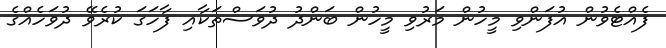
ފެއްޓެވުން އުފަންވި މީހުން މަރުވި މީހުން ބަންދު ދުވަސްތަކާއި ފާހަގަ ކުރެވޭ ދުވަހެއްގެ